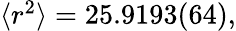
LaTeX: \begin{array}{r}{\langle r^{2}\rangle=25.9193(64),}\end{array}